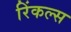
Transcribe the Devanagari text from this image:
रिंकल्स